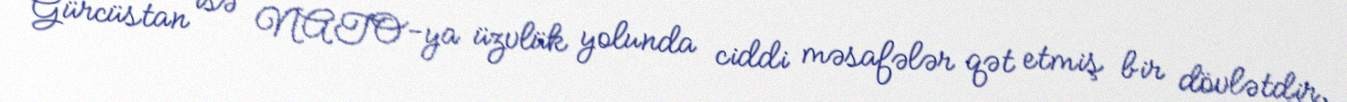
Gürcüstan isə NATO-ya üzvlük yolunda ciddi məsafələr qət etmiş bir dövlətdir,